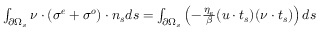
\begin{array} { r } { \int _ { \partial \Omega _ { s } } \boldsymbol { \nu } \cdot ( \boldsymbol { \sigma ^ { e } } + \boldsymbol { \sigma ^ { o } } ) \cdot \boldsymbol { n _ { s } } d s = \int _ { \partial \Omega _ { s } } \left( - \frac { \eta _ { e } } { \beta } ( \boldsymbol { u } \cdot \boldsymbol { t _ { s } } ) ( \boldsymbol { \nu } \cdot \boldsymbol { t _ { s } } ) \right) d s } \end{array}